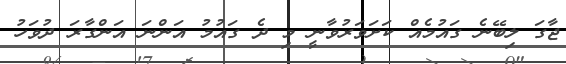
ޖާގަ ލިބޭނެ ގައުމެއް ކަށަވަރުވާނީ މި ދެ ގައުމު އަންނަ އަންގާރަ ދުވަހު